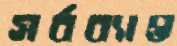
সর্বব্যাপ্ত